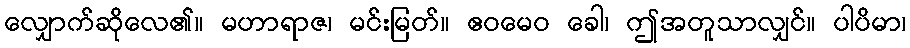
လျှောက်ဆိုလေ၏။ မဟာရာဇ၊ မင်းမြတ်။ ဧဝမေဝ ခေါ၊ ဤအတူသာလျှင်။ ပါပိမာ၊